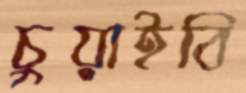
চুয়াইবি